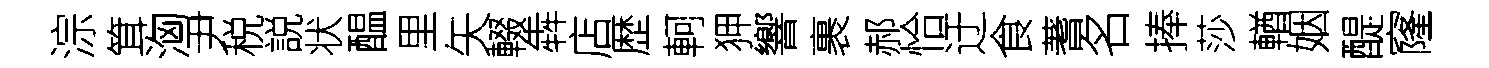
淙䇯洶尹税説状醖里矢輟犇店歴軻狎響裹郝恰迂食蓍名捧莎輶姻醍窿